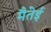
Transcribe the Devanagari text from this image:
मैतेई